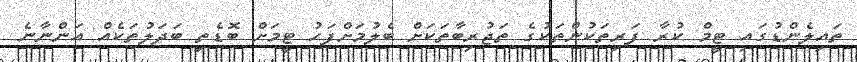
ތައިލެންޑުގައި ޓީމް ކުރާ ފަރިތަކުންތަކުގެ ތަޖުރިބާތަކަށް ބެލުމަށްފަހު ޓީމަށް ބޮޑެތި ބަދަލުތަކެއް އަންނާނެ